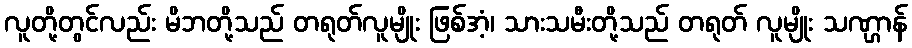
လူတို့တွင်လည်း မိဘတို့သည် တရုတ်လူမျိုး ဖြစ်အံ့၊ သားသမီးတို့သည် တရုတ် လူမျိုး သဏ္ဌာန်